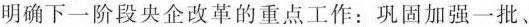
明确下一阶段央企改革的重点工作：巩固加强一批、